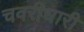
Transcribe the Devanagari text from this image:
चवरीधारी